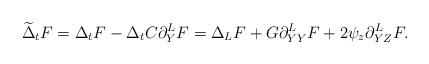
LaTeX: \begin{align*} \widetilde{\Delta}_t F = \Delta_t F - \Delta_t C \partial_Y^L F = \Delta_L F + G \partial_{YY}^L F + 2 \psi_z \partial_{YZ}^L F.\end{align*}